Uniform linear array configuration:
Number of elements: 32
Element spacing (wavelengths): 0.5
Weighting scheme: cosine
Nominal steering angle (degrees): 30
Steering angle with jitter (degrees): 30.75
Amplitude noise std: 0.05
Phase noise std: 0.05

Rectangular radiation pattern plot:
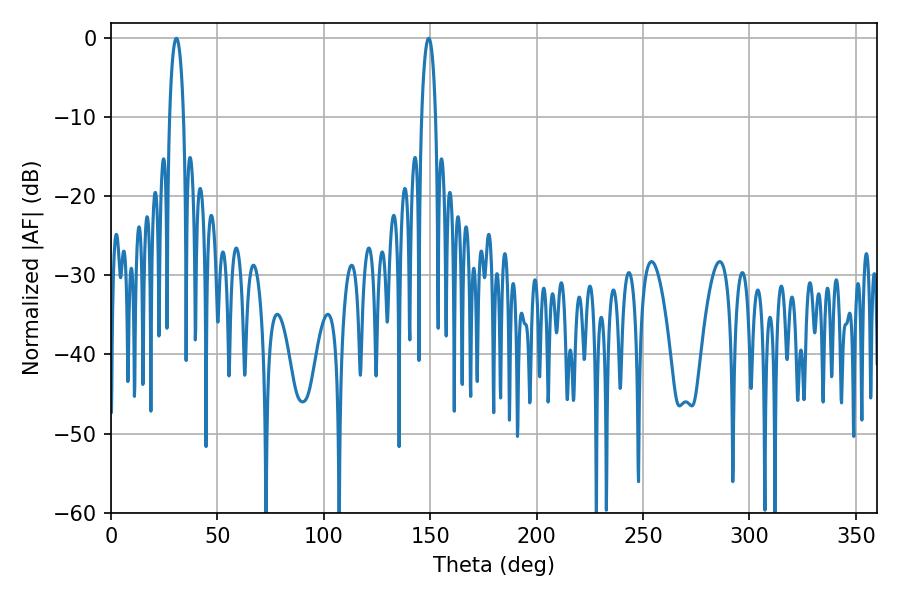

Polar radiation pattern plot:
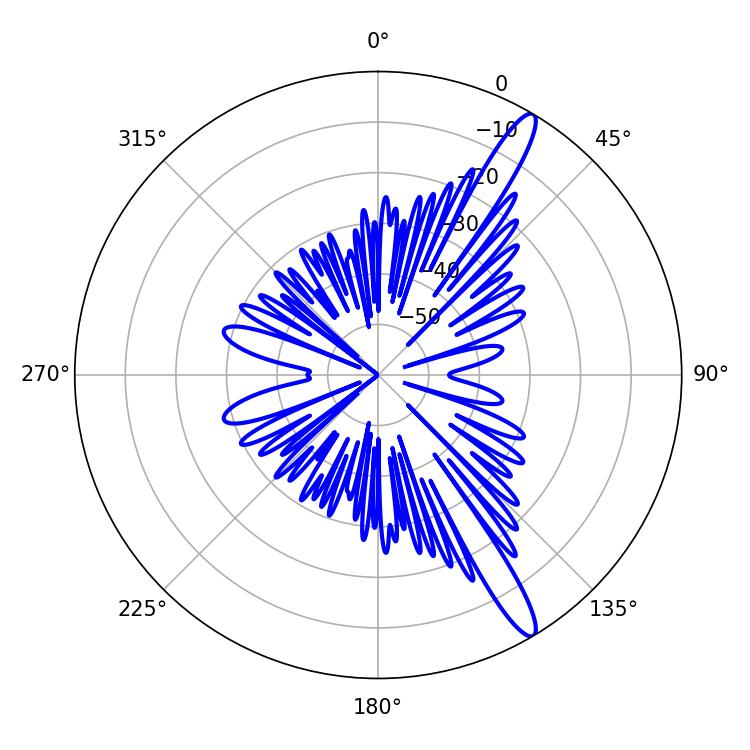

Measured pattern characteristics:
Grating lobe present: FALSE
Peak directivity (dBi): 14.285
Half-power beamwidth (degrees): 3.6
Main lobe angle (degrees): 30.78